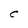
Character: C